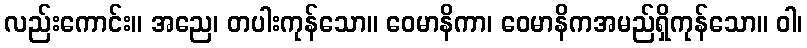
လည်းကောင်း။ အညေ၊ တပါးကုန်သော။ ဝေမာနိကာ၊ ဝေမာနိကအမည်ရှိကုန်သော။ ဝါ၊